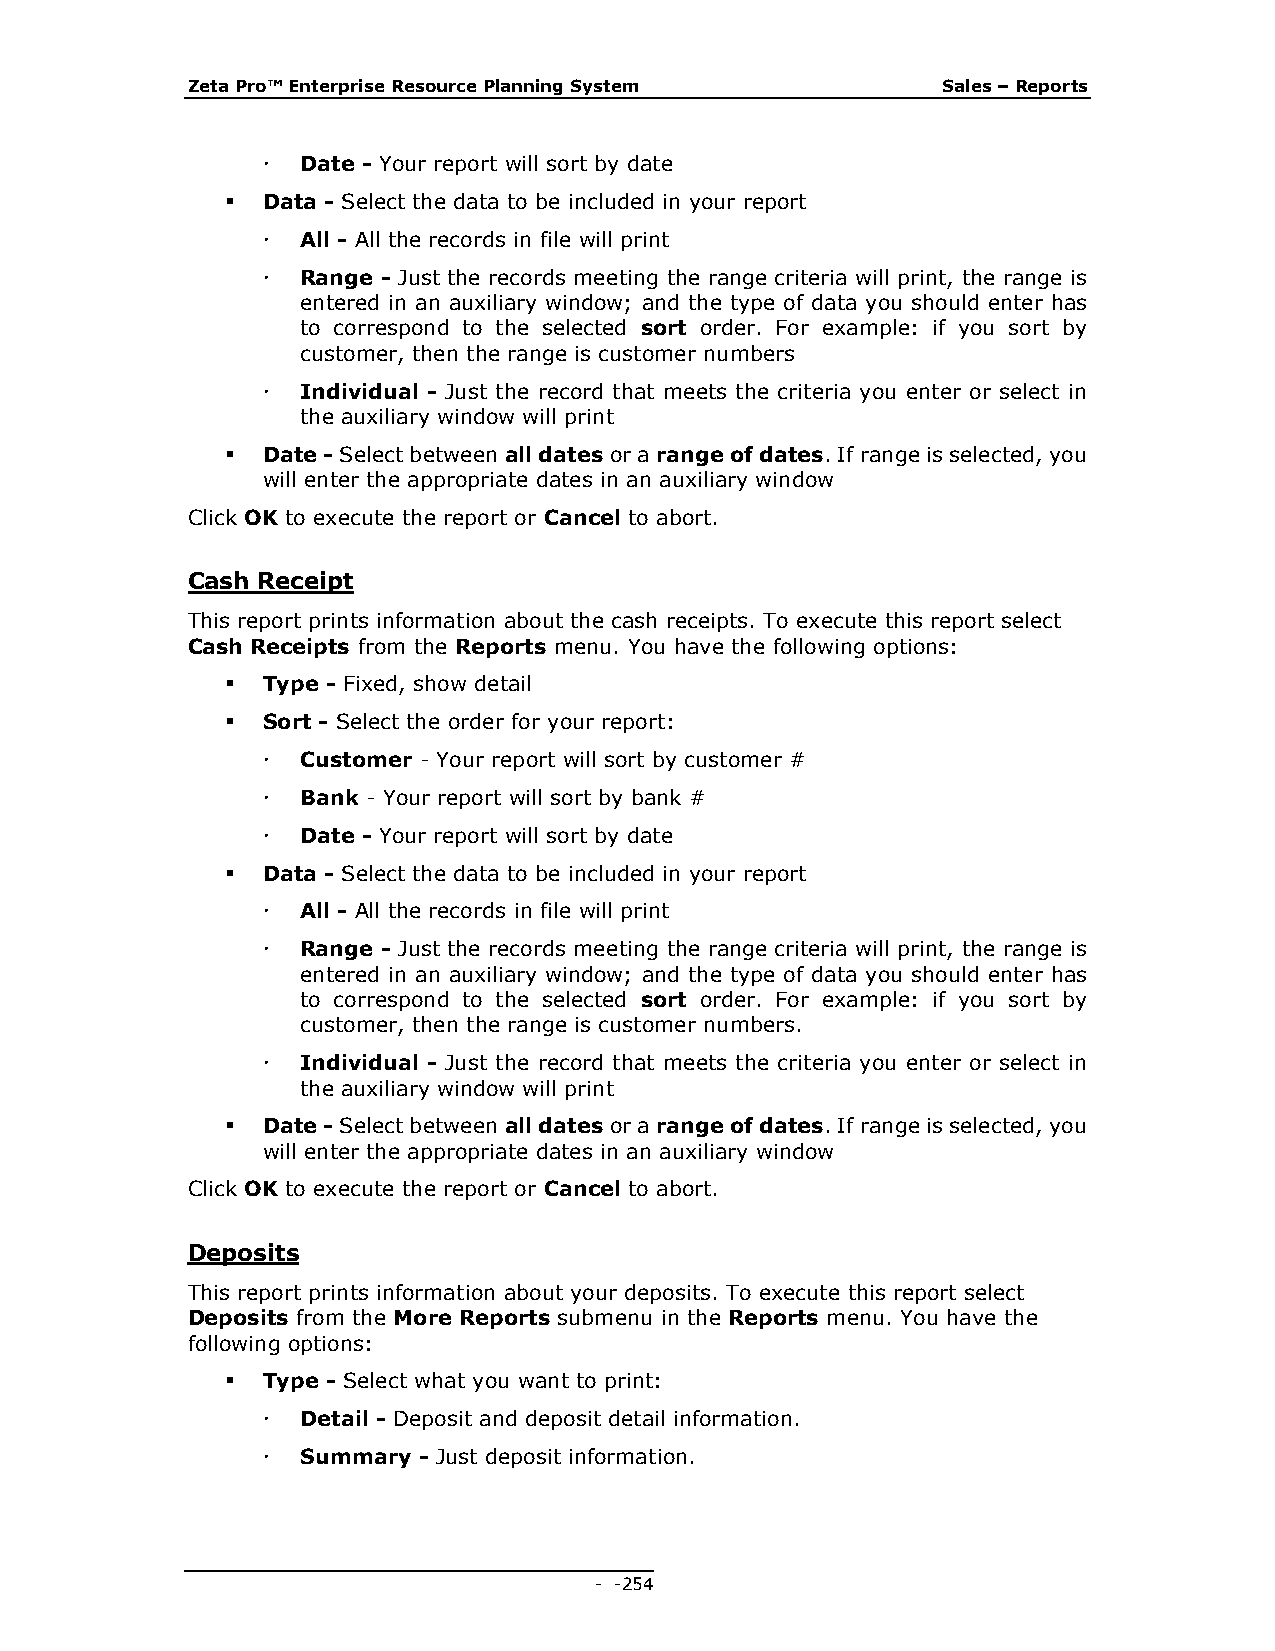
Zeta Pro™ Enterprise Resource Planning System     Sales – Reports
   Date - Your report will sort by date
  Data - Select the data to be included in your report
   All - All the records in file will print
   Range - Just the records meeting the range criteria will print, the range is
 entered in an auxiliary window; and the type of data you should enter has
 to correspond to the selected sort order. For example: if you sort by
 customer, then the range is customer numbers
   Individual - Just the record that meets the criteria you enter or select in
 the auxiliary window will print
  Date - Select between all dates or a range of dates. If range is selected, you
 will enter the appropriate dates in an auxiliary window
 Click OK to execute the report or Cancel to abort.
 Cash Receipt
 This report prints information about the cash receipts. To execute this report select
 Cash Receipts from the Reports menu. You have the following options:
  Type - Fixed, show detail
  Sort - Select the order for your report:
   Customer - Your report will sort by customer #
   Bank - Your report will sort by bank #
   Date - Your report will sort by date
  Data - Select the data to be included in your report
   All - All the records in file will print
   Range - Just the records meeting the range criteria will print, the range is
 entered in an auxiliary window; and the type of data you should enter has
 to correspond to the selected sort order. For example: if you sort by
 customer, then the range is customer numbers.
   Individual - Just the record that meets the criteria you enter or select in
 the auxiliary window will print
  Date - Select between all dates or a range of dates. If range is selected, you
 will enter the appropriate dates in an auxiliary window
 Click OK to execute the report or Cancel to abort.
 Deposits
 This report prints information about your deposits. To execute this report select
 Deposits from the More Reports submenu in the Reports menu. You have the
 following options:
  Type - Select what you want to print:
   Detail - Deposit and deposit detail information.
   Summary - Just deposit information.
 - - 254